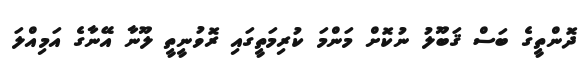
ދޮންތީގެ ބަސް ޤަބޫލު ނުކޮށް މަންމަ ކުރިމަތީގައި ރޮވުނީތީ ލޫނާ އޭނާގެ އަމިއްލަ